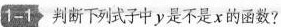
-1》判断下列式子中y是不是χ的函数?